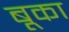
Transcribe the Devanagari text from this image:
बूका